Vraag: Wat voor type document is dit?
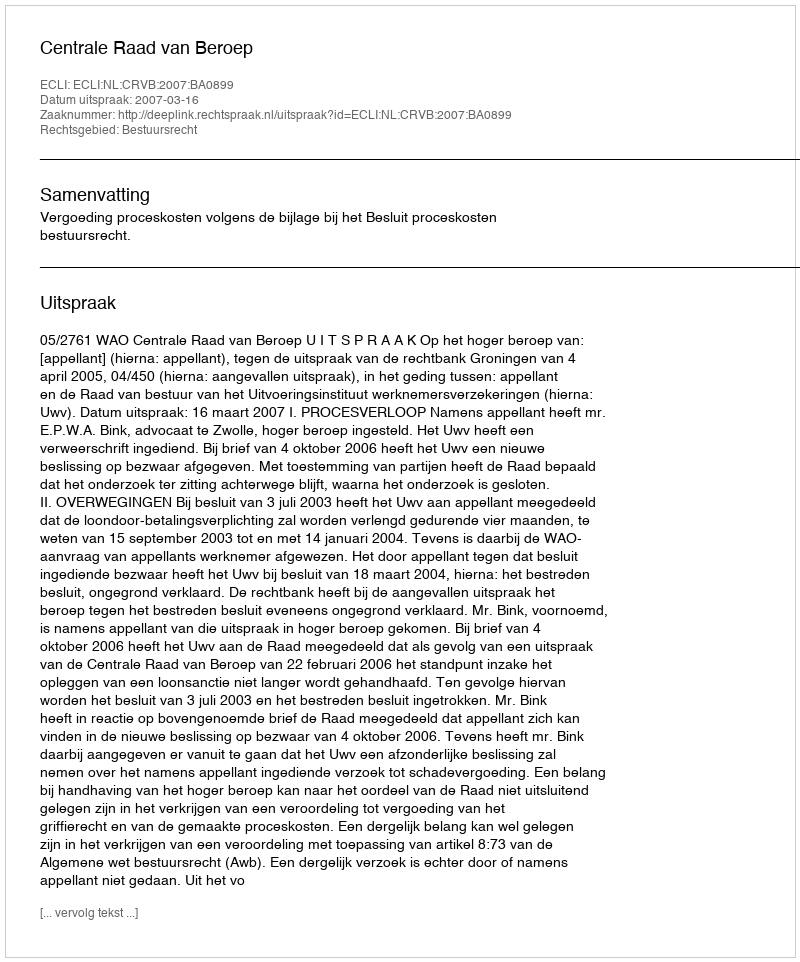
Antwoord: Uitspraak